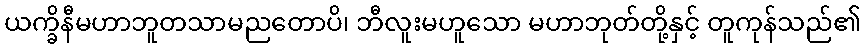
ယက္ခိနီမဟာဘူတသာမညတောပိ၊ ဘီလူးမဟူသော မဟာဘုတ်တို့နှင့် တူကုန်သည်၏